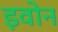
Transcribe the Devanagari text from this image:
इवोन